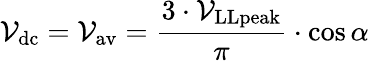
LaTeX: \mathcal{V}_{\mathrm{{dc}}}=\mathcal{V}_{\mathrm{{av}}}={\frac{{3\cdot\mathcal{V}_{\mathrm{{LLpeak}}}}}{{\pi}}}\cdot\cos\alpha